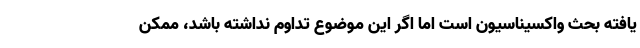
یافته بحث واکسیناسیون است اما اگر این موضوع تداوم نداشته باشد، ممکن